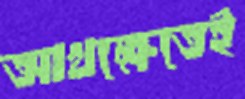
আখক্ষেতেই